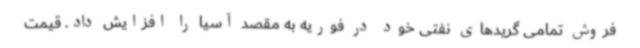
فروش تمامی گریدهای نفتی خود در فوریه به مقصد آسیا را افزایش داد. قیمت